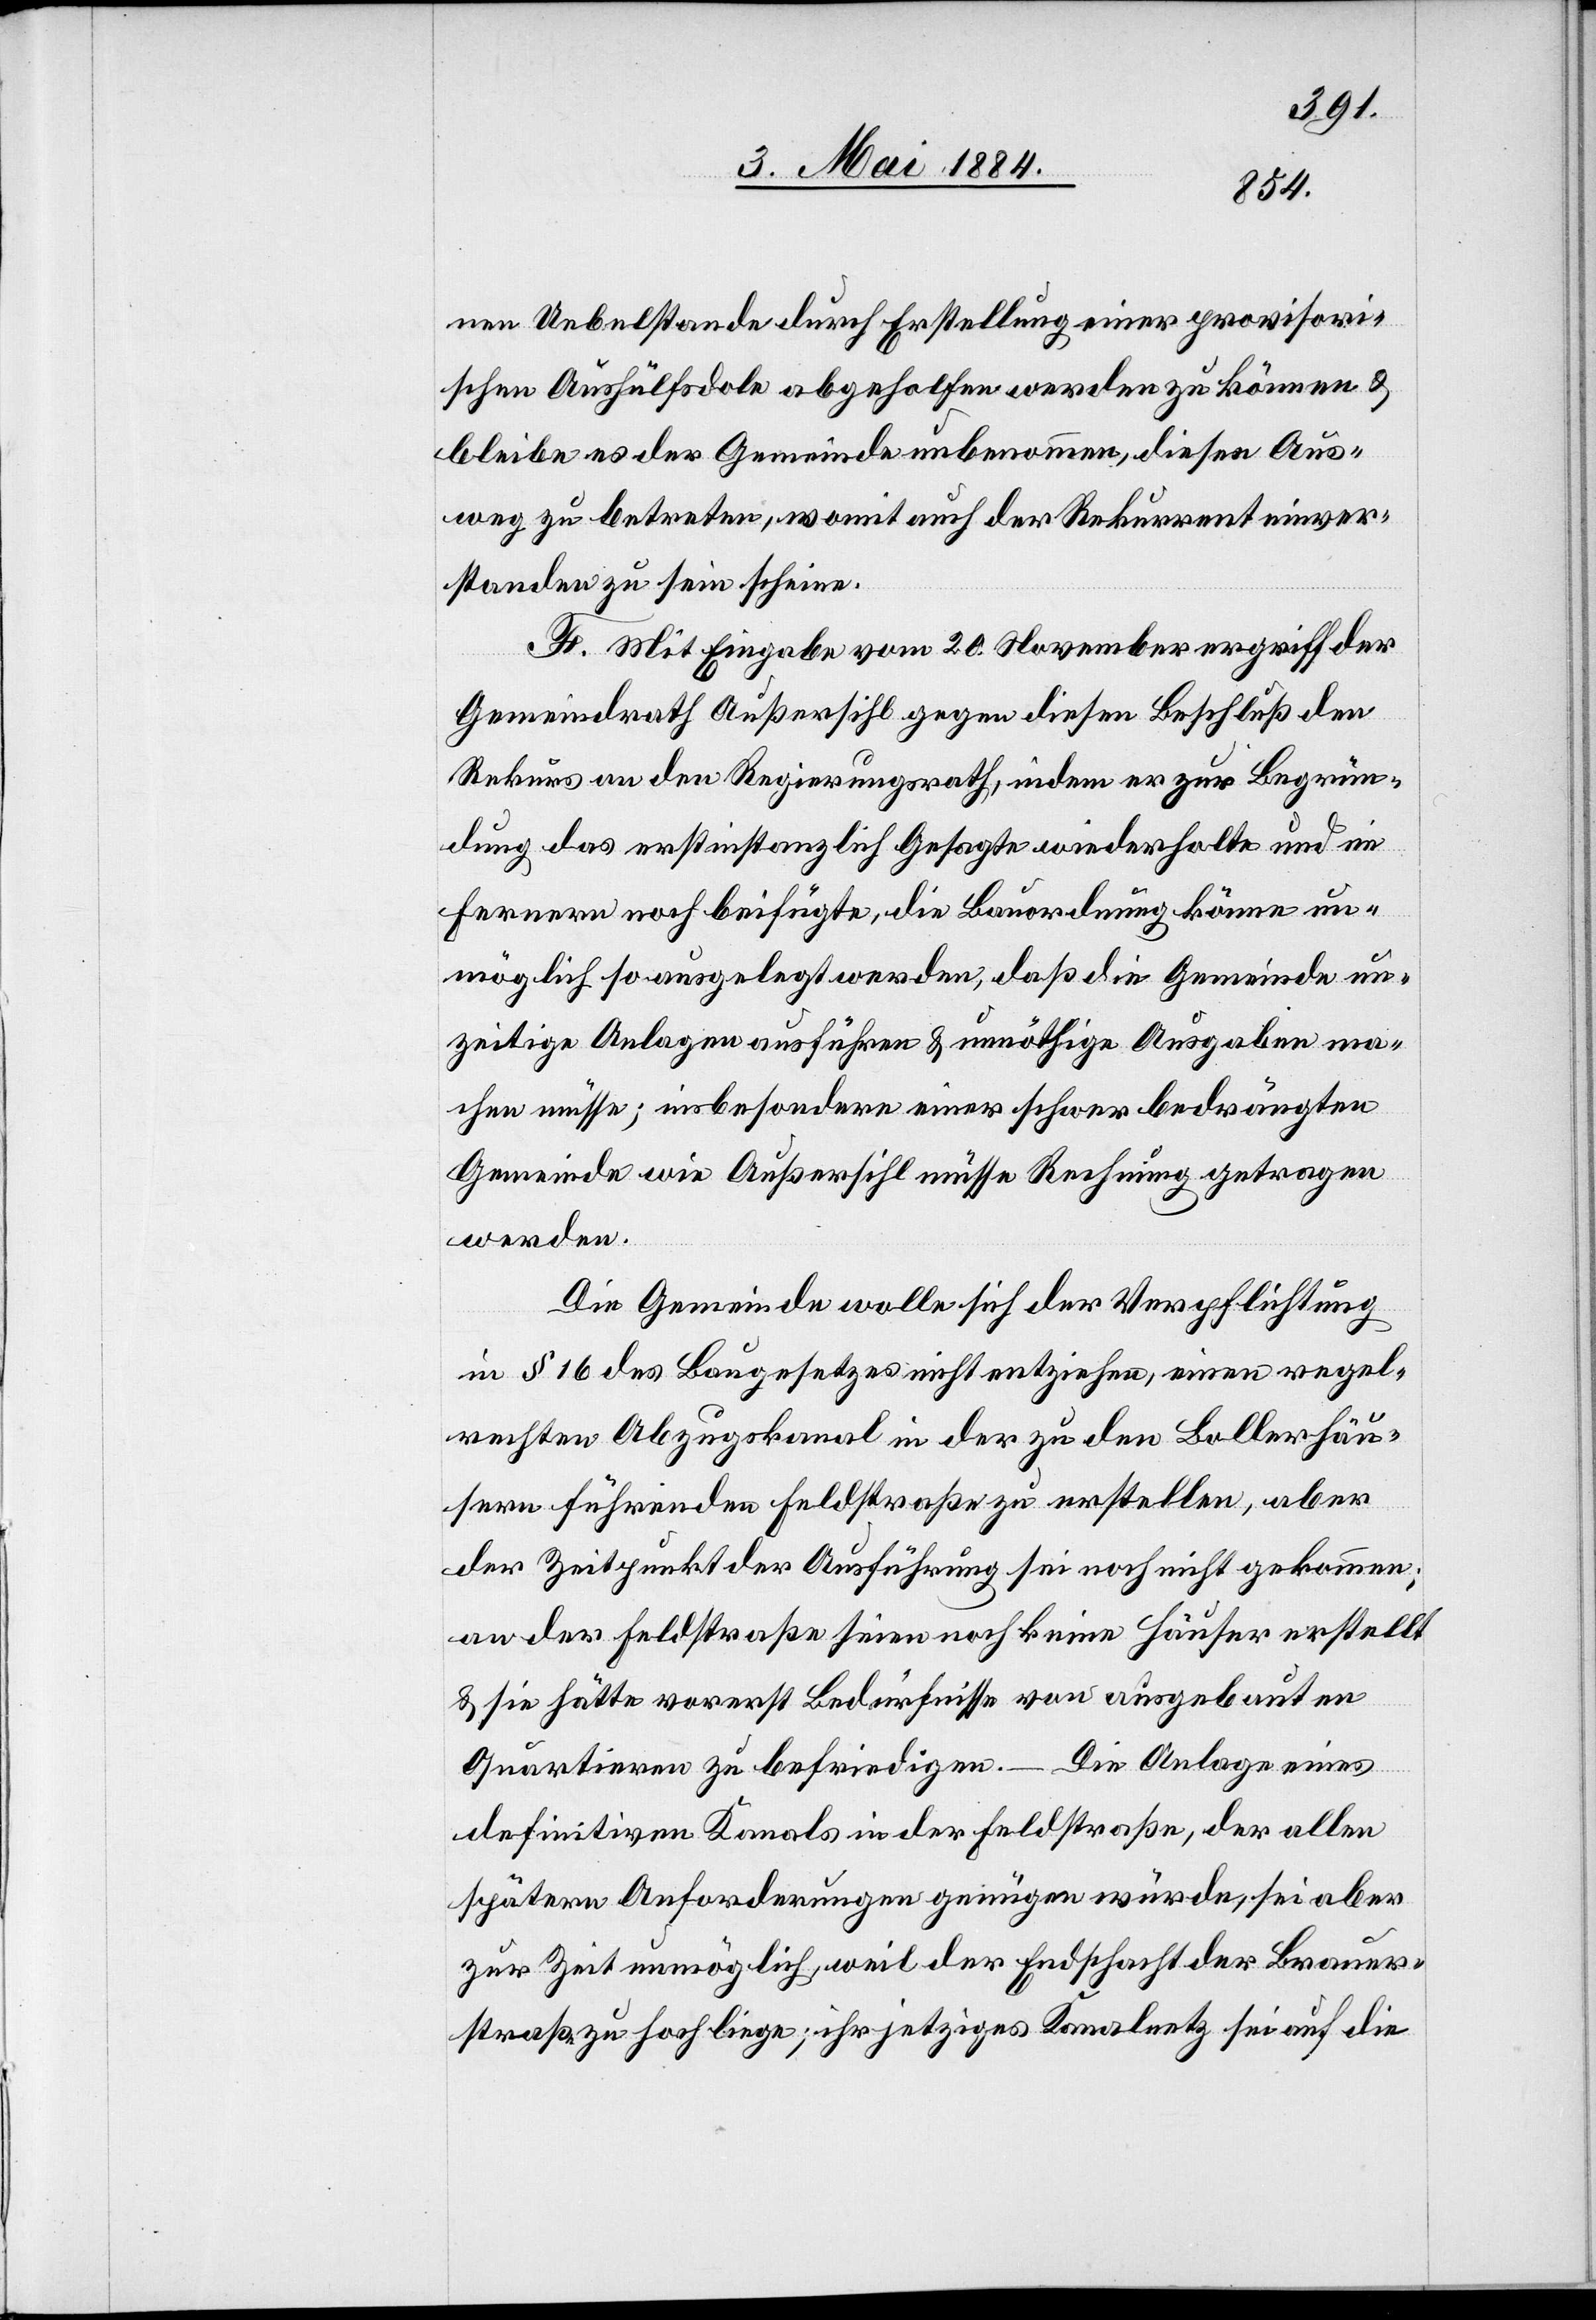
nen Uebelstande durch Erstellung einer provisori¬
schen Aushülfsdole abgeholfen werden zu können &
bleibe es der Gemeinde unbenommen, diesen Aus¬
weg zu betreten, womit auch der Rekurrent einver¬
standen zu sein scheine.
F. Mit Eingabe vom 20. November ergriff der
Gemeindrath Außersihl gegen diesen Beschluß den
Rekurs an den Regierungsrath, indem er zur Begrün¬
dung das erstinstanzlich Gesagte wiederholte und im
Fernern noch beifügte, die Bauordnung könne un¬
möglich so ausgelegt werden, daß die Gemeinde un¬
zeitige Auslagen ausführen & unnöthige Ausgaben ma¬
chen müsse; insbesondere einer schwer bedrängten
Gemeinde wie Außersihl müsse Rechnung getragen
werden.
Die Gemeinde wolle sich der Verpflichtung
in § 16 des Baugesetzes nicht entziehen, einen regel¬
rechten Abzugskanal in der zu den Bollerhäu¬
sern führenden Feldstraße zu erstellen, aber
der Zeitpunkt der Ausführung sei noch nicht gekommen;
an der Feldstraße seien noch keine Häuser erstellt
& sie hätte vorerst Bedürfnisse von ausgebauten
Quartieren zu befriedigen. – Die Anlage eines
definitiven Kanals in der Feldstraße, der allen
spätern Anforderungen genügen würde, sei aber
zur Zeit unmöglich, weil der Endschacht der Brauer¬
straße zu hoch liege; ihr jetzige Kanalnetz sei auf die